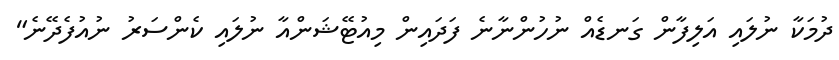
ދުމަކާ ނުލައި އަލިފާން ގަނޑެއް ނުހުންނާނެ ފަދައިން މިއުޓޭޝަންއާ ނުލައި ކެންސަރު ނުއުފެދޭނެ"